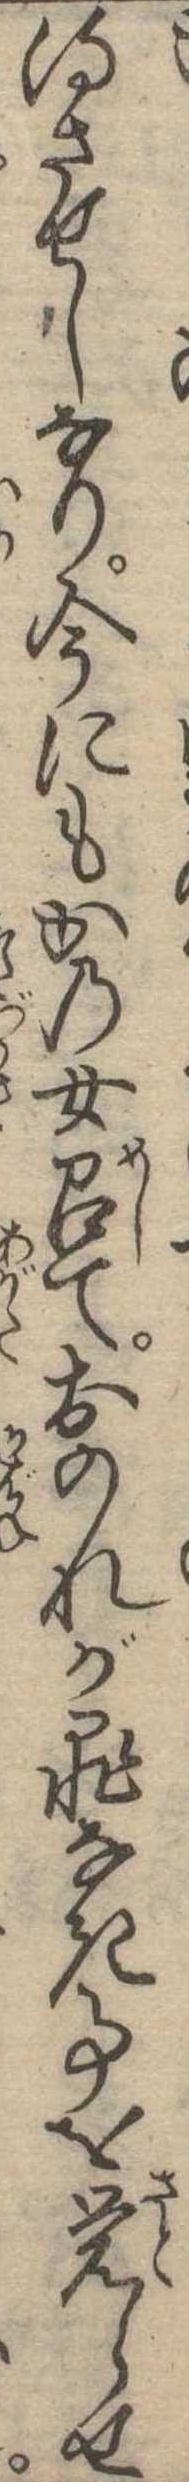
得させしなり今にもかの女召ておのれが罪なき事を覚らせ